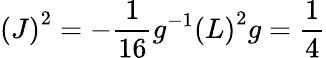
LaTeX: \left(J\right)^{2}=-\frac{1}{16}g^{-1}\left(L\right)^{2}g=\frac{1}{4}